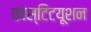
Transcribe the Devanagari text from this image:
कांस्टिटयूशन